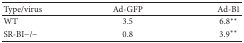
<table><thead><tr><td><b>Type/virus</b></td><td><b>Ad-GFP</b></td><td><b>Ad-B1</b></td></tr></thead><tbody><tr><td>WT</td><td>3.5</td><td>6.8∗∗</td></tr><tr><td>SR-BI−/−</td><td>0.8</td><td>3.9∗∗</td></tr></tbody></table>